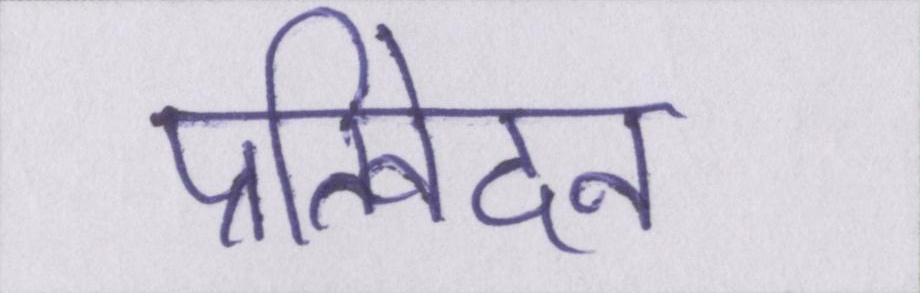
प्रतिवेदन